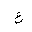
Letter: _ayn